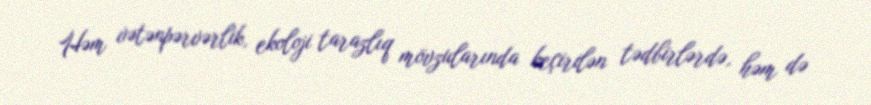
Həm vətənpərvərlik, ekoloji tarazlıq mövzularında keçirilən tədbirlərdə, həm də